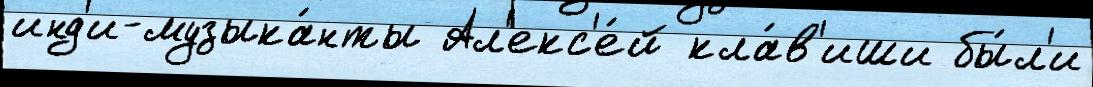
инд'и-музыка́нты Ал'екс'е́й кла́в'иши бы́л'и